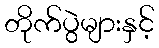
တိုက်ပွဲများနှင့်